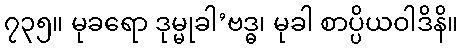
၇၃၅။ မုခရော ဒုမ္မုခါ’ဗဒ္ဓ၊ မုခါ စာပ္ပိယဝါဒိနိ။